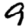
Digit: 9